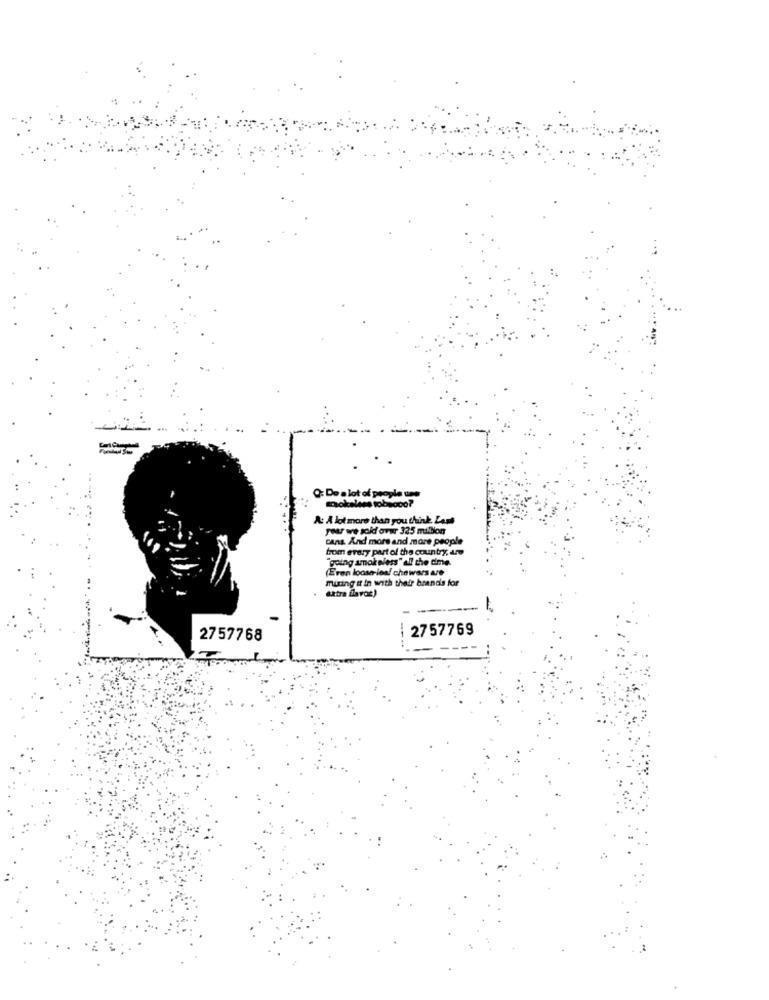
Q: De a lot of people une
mokaless tobacco?
A: A lot more than you think Lash
your we sold over 325 milion
cans. And more and more people
bom every part of the country, in
going smokeless" all the time
(Even loose- leal chewers are
mixing it in with their brands for
extra flavor)
2757769
2757768
--